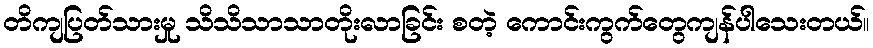
တိကျပြတ်သားမှု သိသိသာသာတိုးလာခြင်း စတဲ့ ကောင်းကွက်တွေကျန်ပါသေးတယ်။